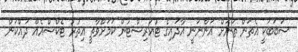
ސަބަބަކީ އެތަން ތަނަށް އަންނަނީ އާދައިގެ ޓުއަރިސްޓުން ކަމަށްވާތީ އިތުރު ޓެކްސްއެއް ދައްކަން